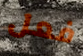
فعل